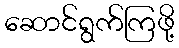
ဆောင်ရွက်ကြဖို့